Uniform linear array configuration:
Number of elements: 24
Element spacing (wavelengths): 0.5
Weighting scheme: uniform
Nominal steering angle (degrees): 15
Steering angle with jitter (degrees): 15.536
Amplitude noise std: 0.05
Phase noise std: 0.05

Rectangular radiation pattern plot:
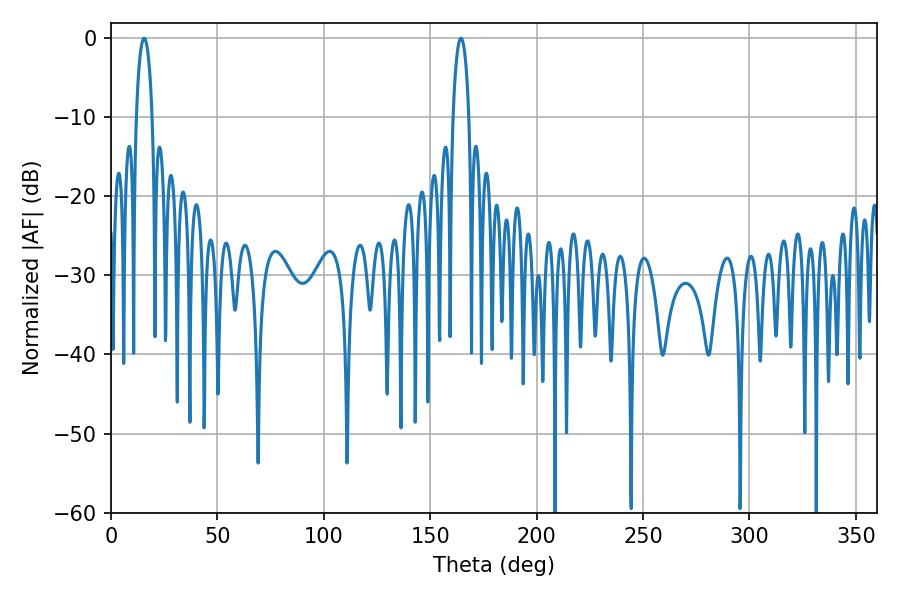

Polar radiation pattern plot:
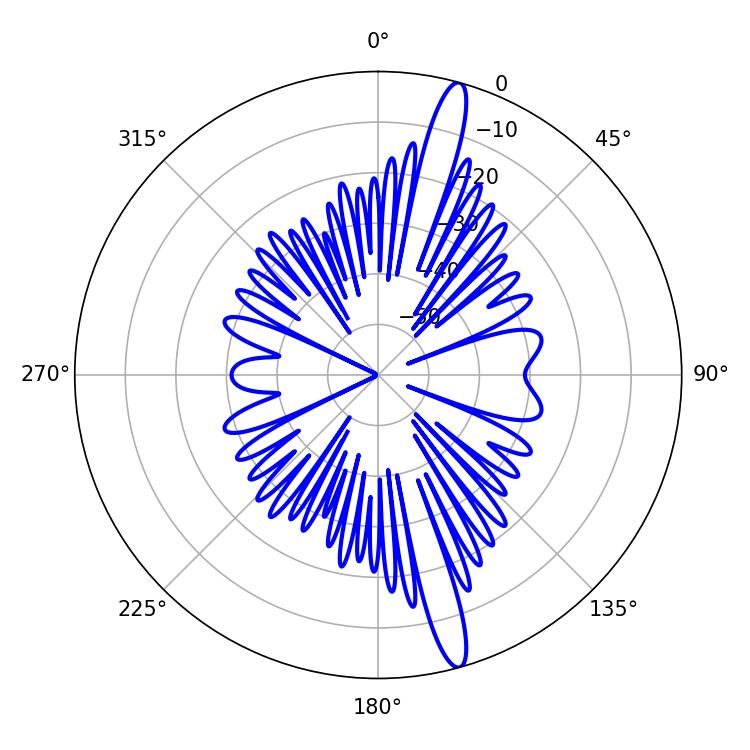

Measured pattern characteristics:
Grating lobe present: FALSE
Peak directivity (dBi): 16.367
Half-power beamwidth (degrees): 4.14
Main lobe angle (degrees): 15.48